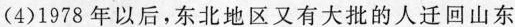
(4) 1978 年以后，东北地区又有大批的人迁回山东